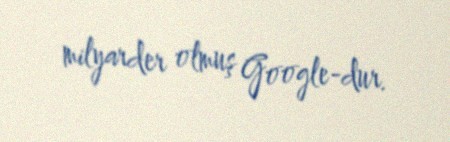
milyarder olmuş Google-dur.